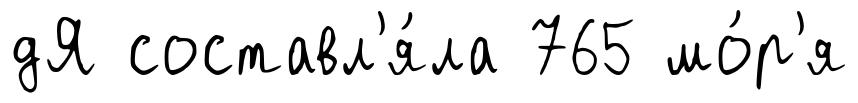
дЯ составл'я́ла 765 мо́р'я